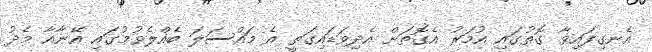
އެނގިފައިވާ ގޮތުގައި އުމަރު އެގޮތަށް އެދިވަޑައިގަތީ އެ މައްސަލަ ބެއްލެވުމުގައި އޭނާއާ މެދު